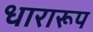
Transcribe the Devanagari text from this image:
धारारूप